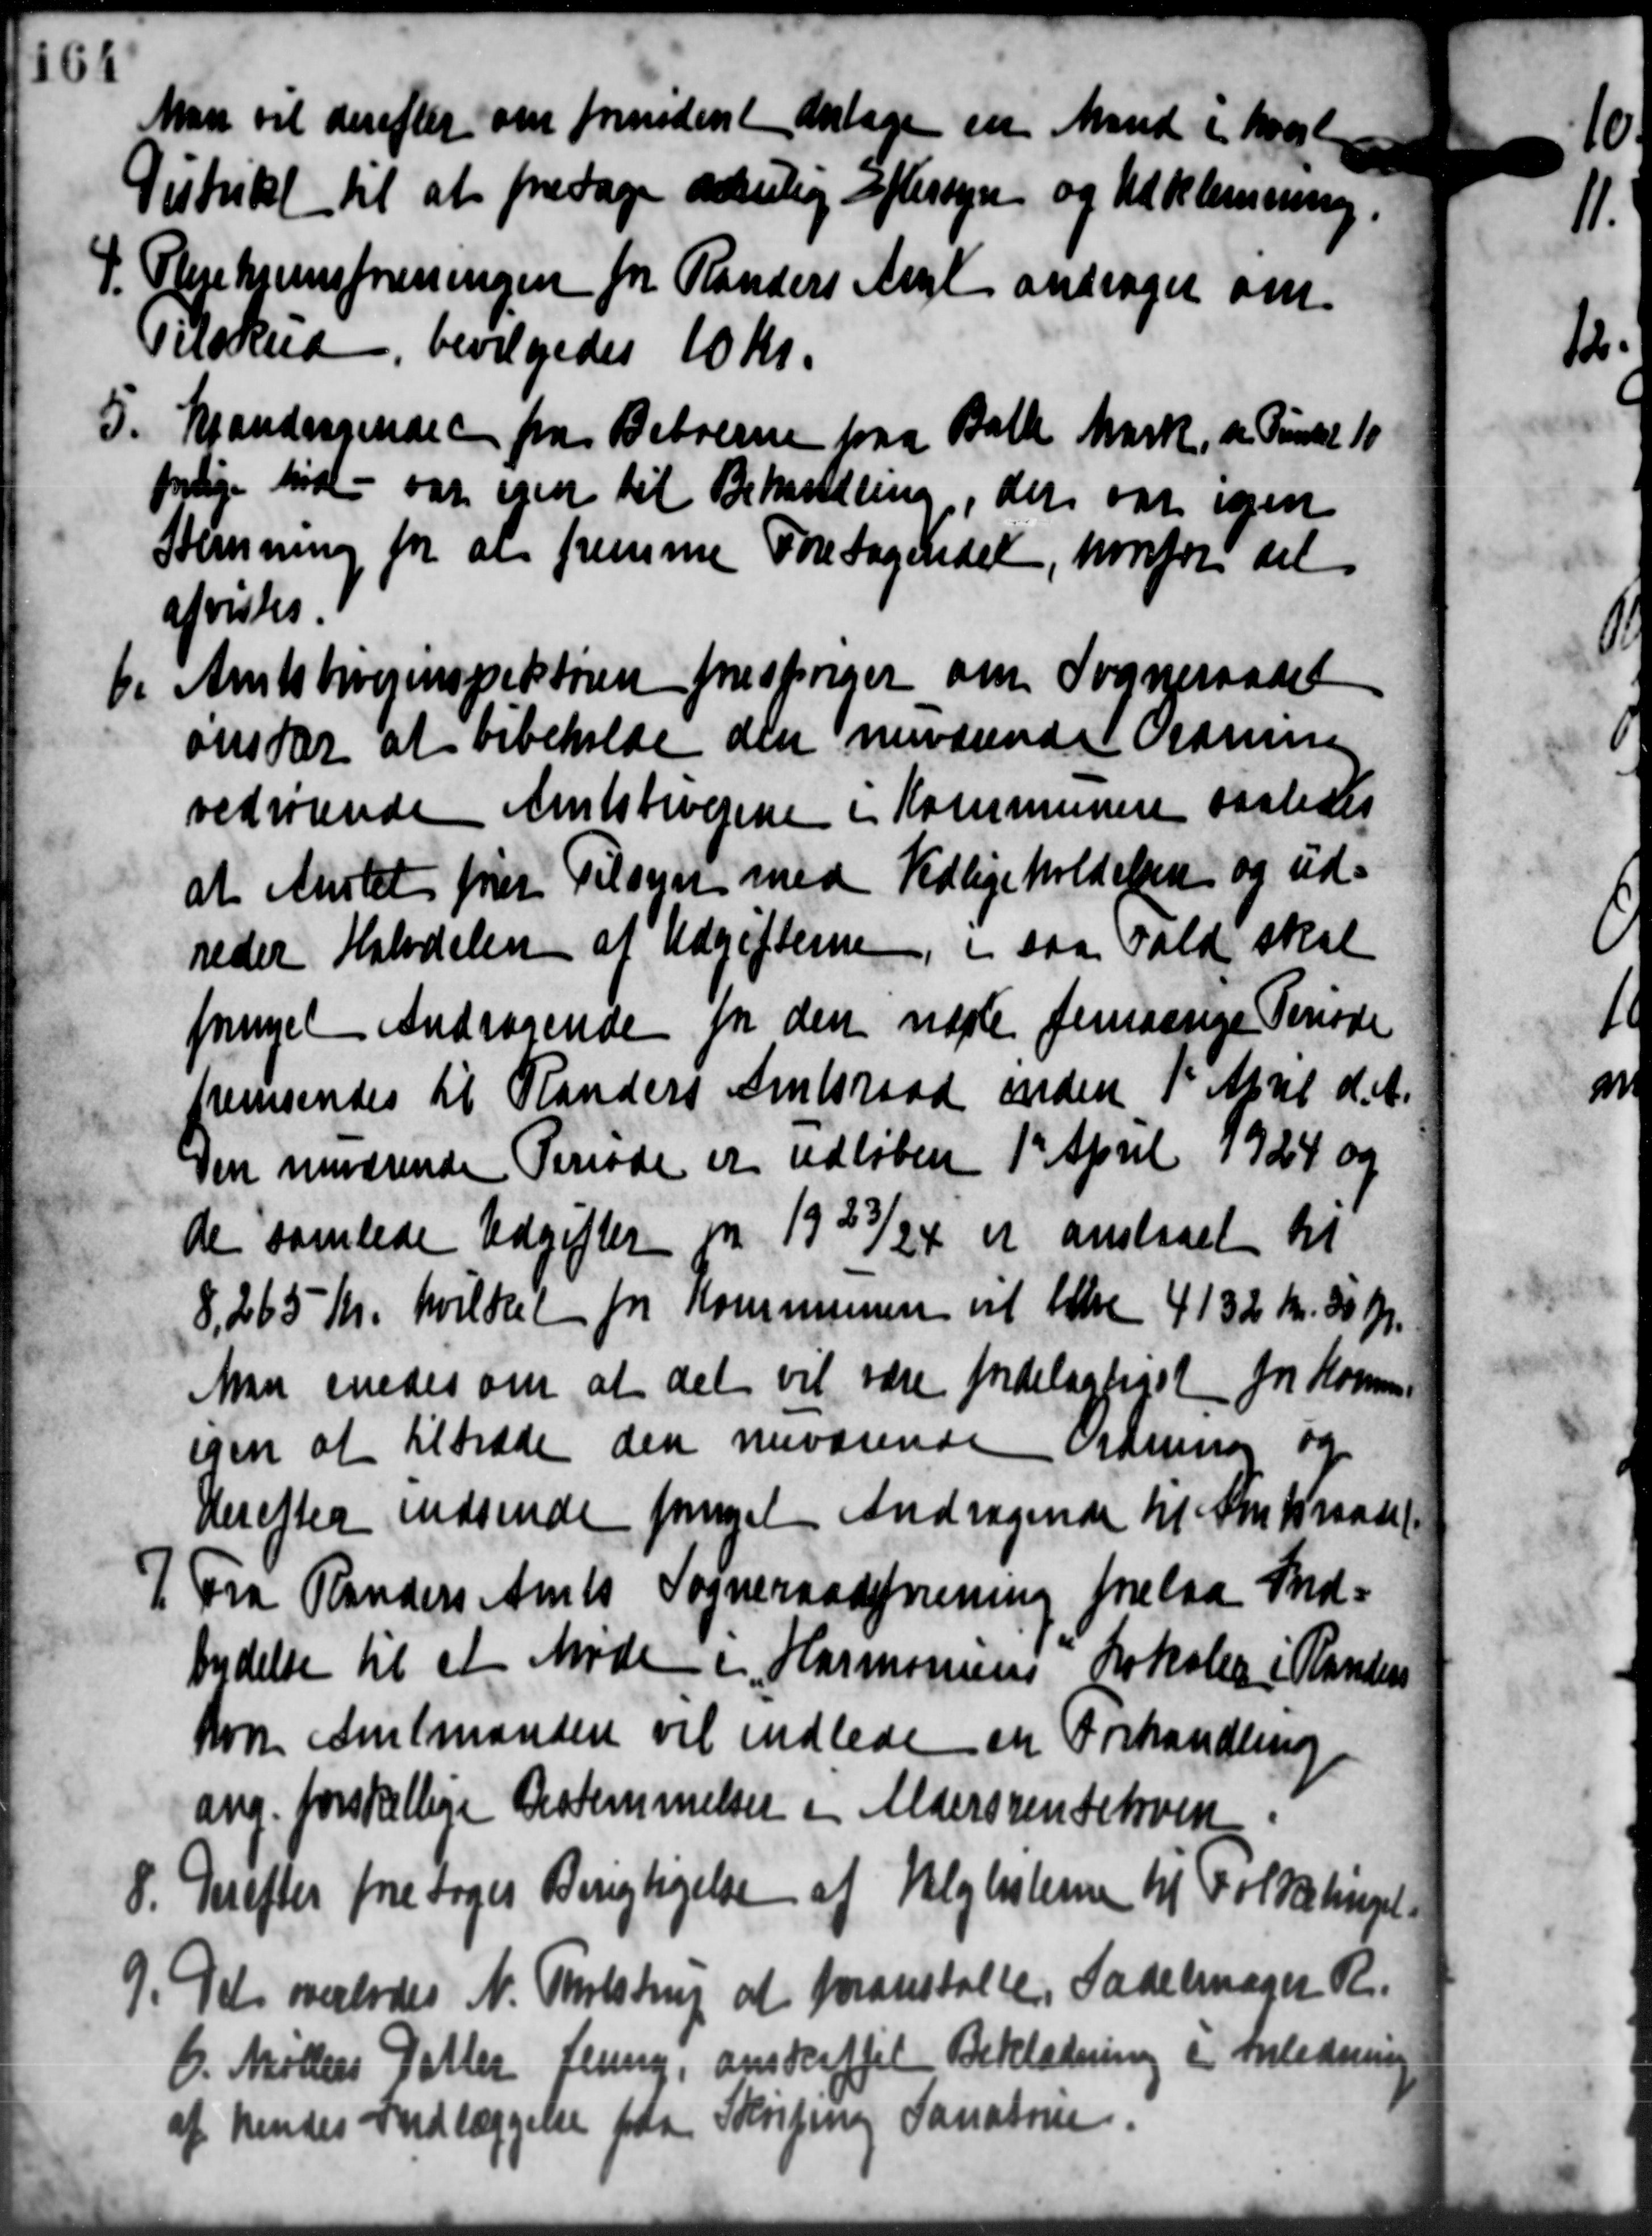
Transskription:
Man vil derefter om fornødent antage en Mand i hvort
Distrikt til at foretage adelig eftersyn og Udklemning.
P. Plejehjemsforeningen for Randers Amt andrager om
P. Plejehjemsforeningen for Randers Amt andrager om
Tilskud, bevilgedes 10 Kr.
5. Mandragende fra Beboerne paa Balle Mark, de Punkt 10
5. Mandragende fra Beboerne paa Balle Mark, de Punkt 10
prlige tidl - var ejen til Behandling, der var igen
Stemning for at fremme Foretagendet, hvorfor det
afvistes.
be Amtsbivejinspektøren forespørger om Sogneraadet
be Amtsbivejinspektøren forespørger om Sogneraadet
ønster at bibeholde den nuværende Ordning
vedrørende Amtsbivejene i Kommunen saaledes
at Amtet frit Tilsyn med Vedligeholdelsen og ud-
reder Halvdelen af Udgifterne i saa Vald skal
fornyet Andragende for den nægte femaarige Periode
fremsendes til Randers Amtsraad inden 1' April d. A.
Den nuværende Periode er udløben 1' April 1924 og
de samlede Udgifter og 1923/24 er anslaaet til
8.265 Kr. hvilket fra Kommunen vil tilve 4132 Kr. 50 Øre.
Man enedes om at det vil være fordeligtiget for Kommu-
egen at tiltræde den nuværende ordner og
Herefter indsende foret Andragende til Amtsraadet
7 Fra Randers Amts Sogneraadsforening forelaa Ind=
7 Fra Randers Amts Sogneraadsforening forelaa Ind=
bydelse til et Møde i „Harmoniens Lokaler i Randen
hon Amtmanden vil indlede en Forhandling
ang. forskellinge Bestemmelser i Aldersrentekven
8. Derefter foretoges Berigtigelse af Valglisterne til Folketingels
8. Derefter foretoges Berigtigelse af Valglisterne til Folketingels
9. Det overlodes N. Tholstrup at foranstalte, Sadelmager R.
9. Det overlodes N. Tholstrup at foranstalte, Sadelmager R.
C. Møllers Datter flung, anskaffet Beklædning i anledning
af hendes Indlæggelse paa Skrivning Sanatrum.